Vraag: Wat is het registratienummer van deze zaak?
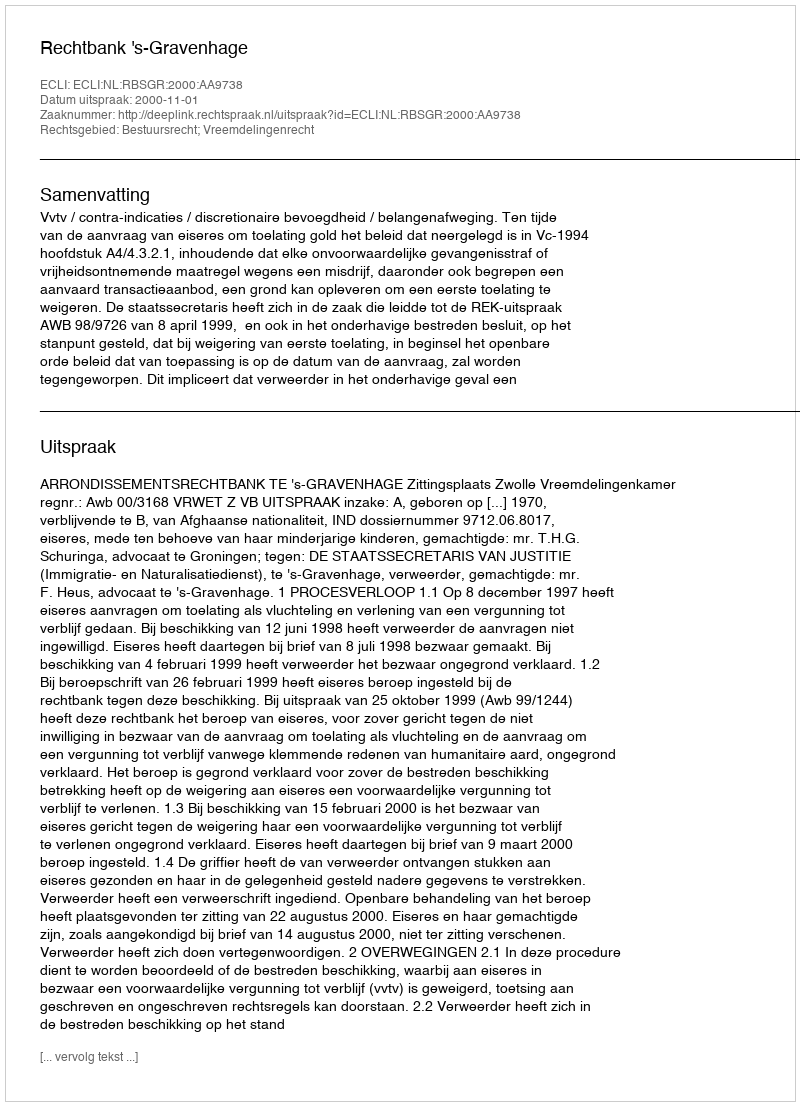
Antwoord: http://deeplink.rechtspraak.nl/uitspraak?id=ECLI:NL:RBSGR:2000:AA9738